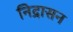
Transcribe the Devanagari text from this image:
निद्रासन